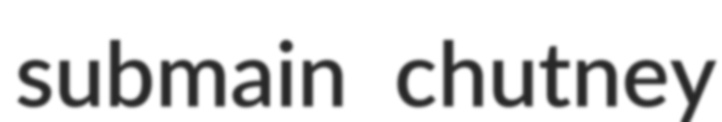
submain chutney